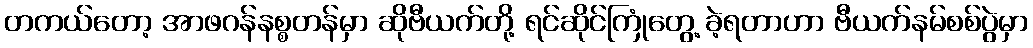
တကယ်တော့ အာဖဂန်နစ္စတန်မှာ ဆိုဗီယက်တို့ ရင်ဆိုင်ကြုံတွေ့ ခဲ့ရတာဟာ ဗီယက်နမ်စစ်ပွဲမှာ